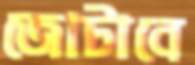
জোটাবে